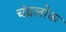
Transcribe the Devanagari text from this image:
चंद्रलोक